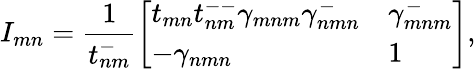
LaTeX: I_{mn}=\frac{1}{t_{nm}^{-}}\left[\begin{array}{ll}{t_{mn}t_{nm}^{--}\gamma_{mnm}\gamma_{nmn}^{-}}&{\gamma_{mnm}^{-}}\\ {-\gamma_{nmn}}&{1}\end{array}\right],